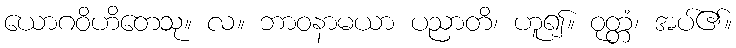
ယောဂဝိဟိတေသု။ လ။ ဘာဝနာမယာ ပညာတိ၊ ဟူ၍။ ဝုတ္တံ၊ အပ်၏။